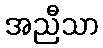
အညီသာ